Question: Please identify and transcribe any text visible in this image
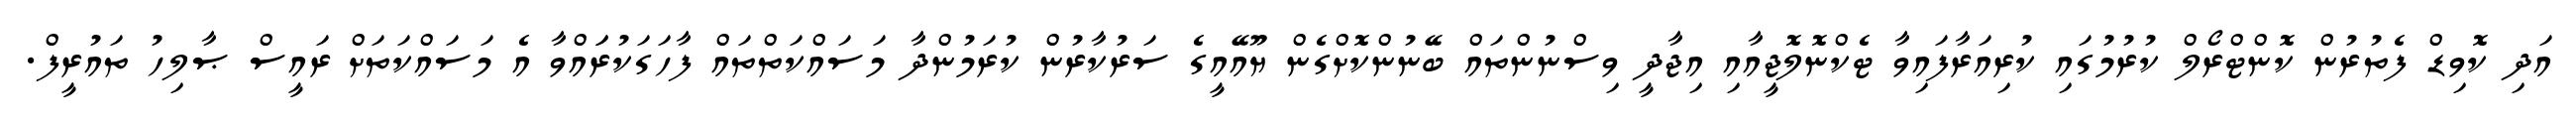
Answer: އަދި ކޮވިޑް ފެތުރުން ކޮންޓްރޯލް ކުރުމުގައި ކުރިއަރާފައިވާ ޓެކްނޮލޮޖީއާއި އިޖާދީ ވިސްނުންތައް ބޭނުންކޮށްގެން ޔޫއޭއީގެ ސަރުކާރުން ކުރަމުންދާ މަސައްކަތްތައް ފާހަގަކުރަައްވާ އެ މަސައްކަތަށް ރައީސް ޞާލިހު ތައުރީފް.